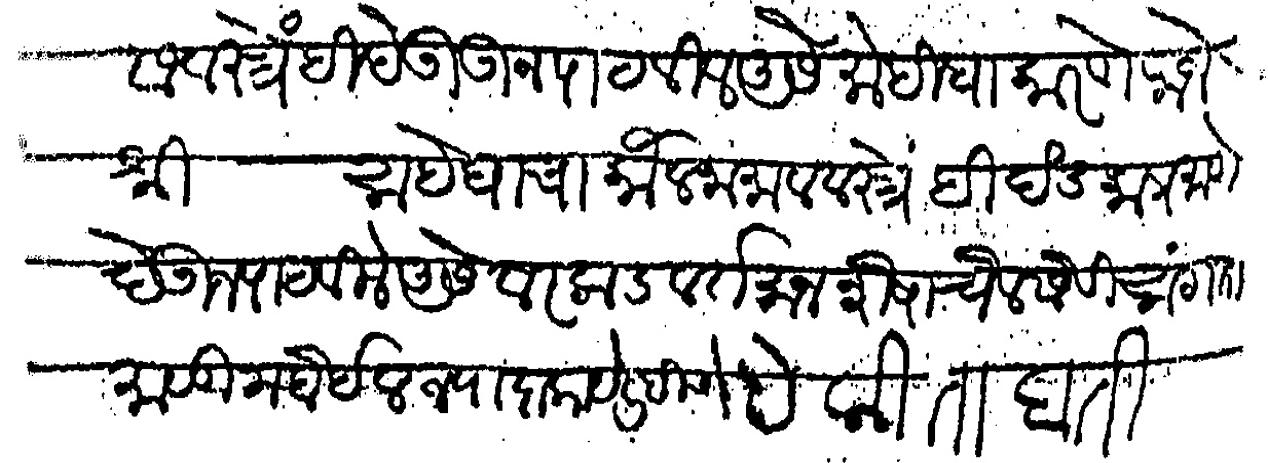
Transliteration (Devanagari): कार्येस्तास वस्त्रे ही देऊऊन पाठवीले असे मोहिबा कारणे राजेश्री साहेबाचा कौलनामा व वस्त्रे ही दंडका प्रमाणे देऊन पाठवीले असे वरकड वर्तमान शेषाचेलसेटी सांगता माळीम होईल ज्यादा काये लिहीणे हे किताबती